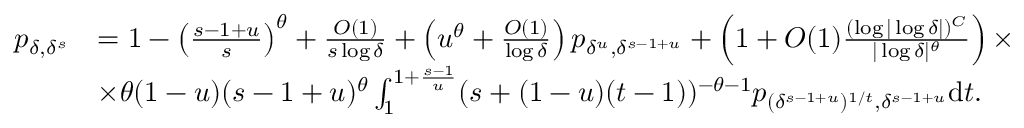
\begin{array} { r l } { p _ { \delta , \delta ^ { s } } } & { = 1 - \left( \frac { s - 1 + u } { s } \right) ^ { \theta } + \frac { O ( 1 ) } { s \log \delta } + \left( u ^ { \theta } + \frac { O ( 1 ) } { \log \delta } \right) p _ { \delta ^ { u } , \delta ^ { s - 1 + u } } + \left( 1 + O ( 1 ) \frac { ( \log | \log \delta | ) ^ { C } } { | \log \delta | ^ { \theta } } \right) \times } \\ & { \times \theta ( 1 - u ) ( s - 1 + u ) ^ { \theta } \int _ { 1 } ^ { 1 + \frac { s - 1 } { u } } ( s + ( 1 - u ) ( t - 1 ) ) ^ { - \theta - 1 } p _ { ( \delta ^ { s - 1 + u } ) ^ { 1 / t } , \delta ^ { s - 1 + u } } \mathrm { d } t . } \end{array}